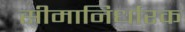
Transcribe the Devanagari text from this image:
सीमानिर्धारक